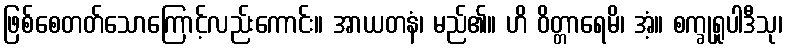
ဖြစ်စေတတ်သောကြောင့်လည်းကောင်း။ အာယတနံ၊ မည်၏။ ဟိ ဝိတ္တာရေမိ၊ အံ့။ စက္ခုရူပါဒီသု၊